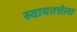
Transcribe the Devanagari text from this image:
स्वायतत्तेला